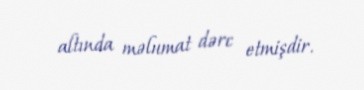
altında məlumat dərc etmişdir.